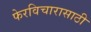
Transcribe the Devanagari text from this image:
फेरविचारासाठी